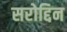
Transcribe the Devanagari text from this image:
सरोद्दिन